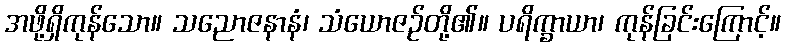
အဖို့ရှိကုန်သော။ သညောဇနာနံ၊ သံယောဇဉ်တို့၏။ ပရိက္ခာယာ၊ ကုန်ခြင်းကြောင့်။